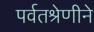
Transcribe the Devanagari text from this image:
पर्वतश्रेणीने